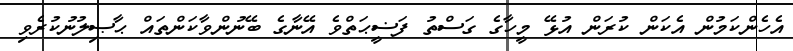
އެހެންކަމުން އެކަން ކުރަން އުޅޭ މީހާގެ ގަސްތު ފަޟީޙަތްވެ އޭނާގެ ބޭނުންވާކަންތައް ޙާޞިލުނުކުރެވި